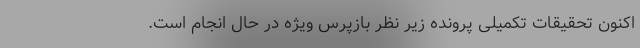
اکنون تحقیقات تکمیلی پرونده زیر نظر بازپرس ویژه در حال انجام است.